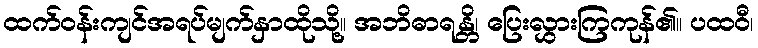
ထက်ဝန်းကျင်အရပ်မျက်နှာထိုသို့။ အဘိဓာရန္တိ၊ ပြေးလွှားကြကုန်၏။ ပထဝီ၊